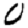
Digit: 0